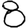
Digit: 8